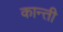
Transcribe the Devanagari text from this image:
कान्ती